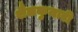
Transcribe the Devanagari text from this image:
शैलकुमारी